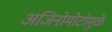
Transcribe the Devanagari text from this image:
अजिनोमोटोमुळे